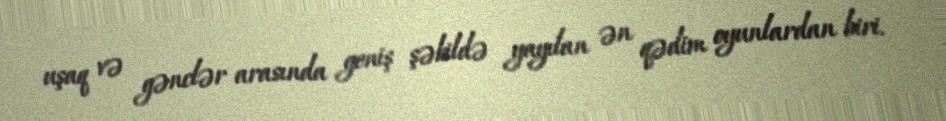
uşaq və gənclər arasında geniş şəkildə yayılan ən qədim oyunlardan biri.